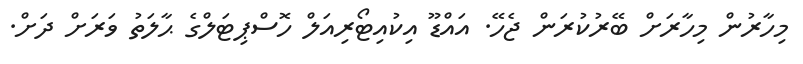
މިހާރުން މިހާރަށް ބޭރުކުރަން ޖެހޭ. އައްޑޫ އިކުއިޓޯރިއަލް ހޮސްޕިޓަލްގެ ޙާލަތު ވަރަށް ދަށް.